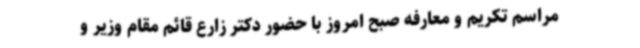
مراسم تکریم و معارفه صبح امروز با حضور دکتر زارع قائم مقام وزیر و